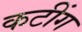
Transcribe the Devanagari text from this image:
कटींग